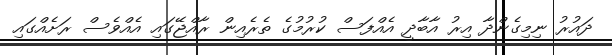
ދައުރު ނިމިގެންދާ އިރު އާބާދީ އެއްފަސް ކުރުމުގެ ތެރެއިން ރާއްޖޭގައި އެއްވެސް ރަށެއްގައި